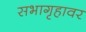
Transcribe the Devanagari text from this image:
सभागृहावर